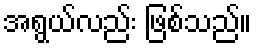
အရွယ်လည်း ဖြစ်သည်။